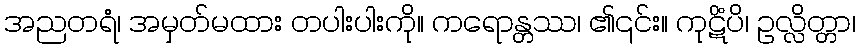
အညတရံ၊ အမှတ်မထား တပါးပါးကို။ ကရောန္တဿ၊ ၏၎င်း။ ကုဋိံပိ၊ ဥလ္လိတ္တာ၊